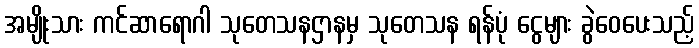
အမျိုးသား ကင်ဆာရောဂါ သုတေသနဌာနမှ သုတေသန ရန်ပုံ ငွေများ ခွဲဝေပေးသည့်